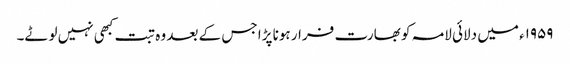
۱۹۵۹ء میں دلائی لامہ کو بھارت فرار ہونا پڑا جس کے بعد وہ تبت کبھی نہیں لوٹے۔